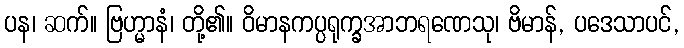
ပန၊ ဆက်။ ဗြဟ္မာနံ၊ တို့၏။ ဝိမာနကပ္ပရုက္ခအာဘရဏေသု၊ ဗိမာန်, ပဒေသာပင်,